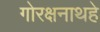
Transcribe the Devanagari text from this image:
गोरक्षनाथहे